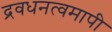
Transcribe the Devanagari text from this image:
द्रवधनत्वमापी